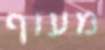
מעוף